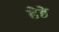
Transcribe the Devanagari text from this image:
हेठे